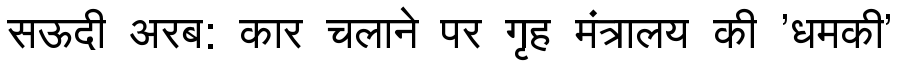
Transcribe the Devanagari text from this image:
सऊदी अरब: कार चलाने पर गृह मंत्रालय की 'धमकी'